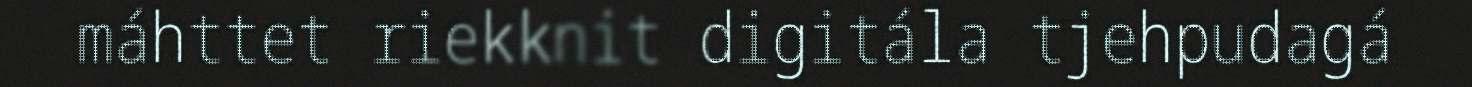
máhttet riekknit digitála tjehpudagá